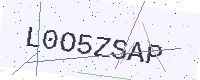
Text: L0O5ZSAP